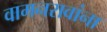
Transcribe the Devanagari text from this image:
वामनरावांना